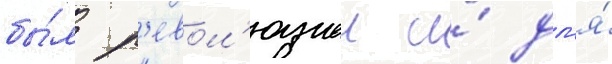
бы́л р'евол'юциеи и́ дл'я́